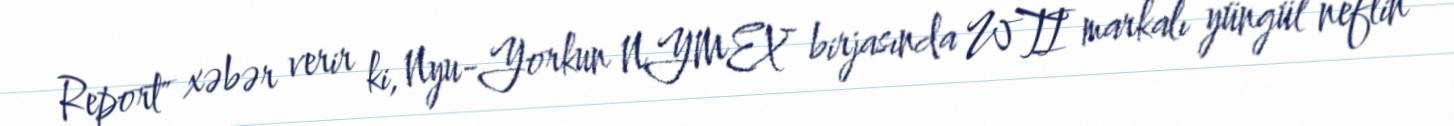
Report" xəbər verir ki, Nyu-Yorkun NYMEX birjasında WTI markalı yüngül neftin